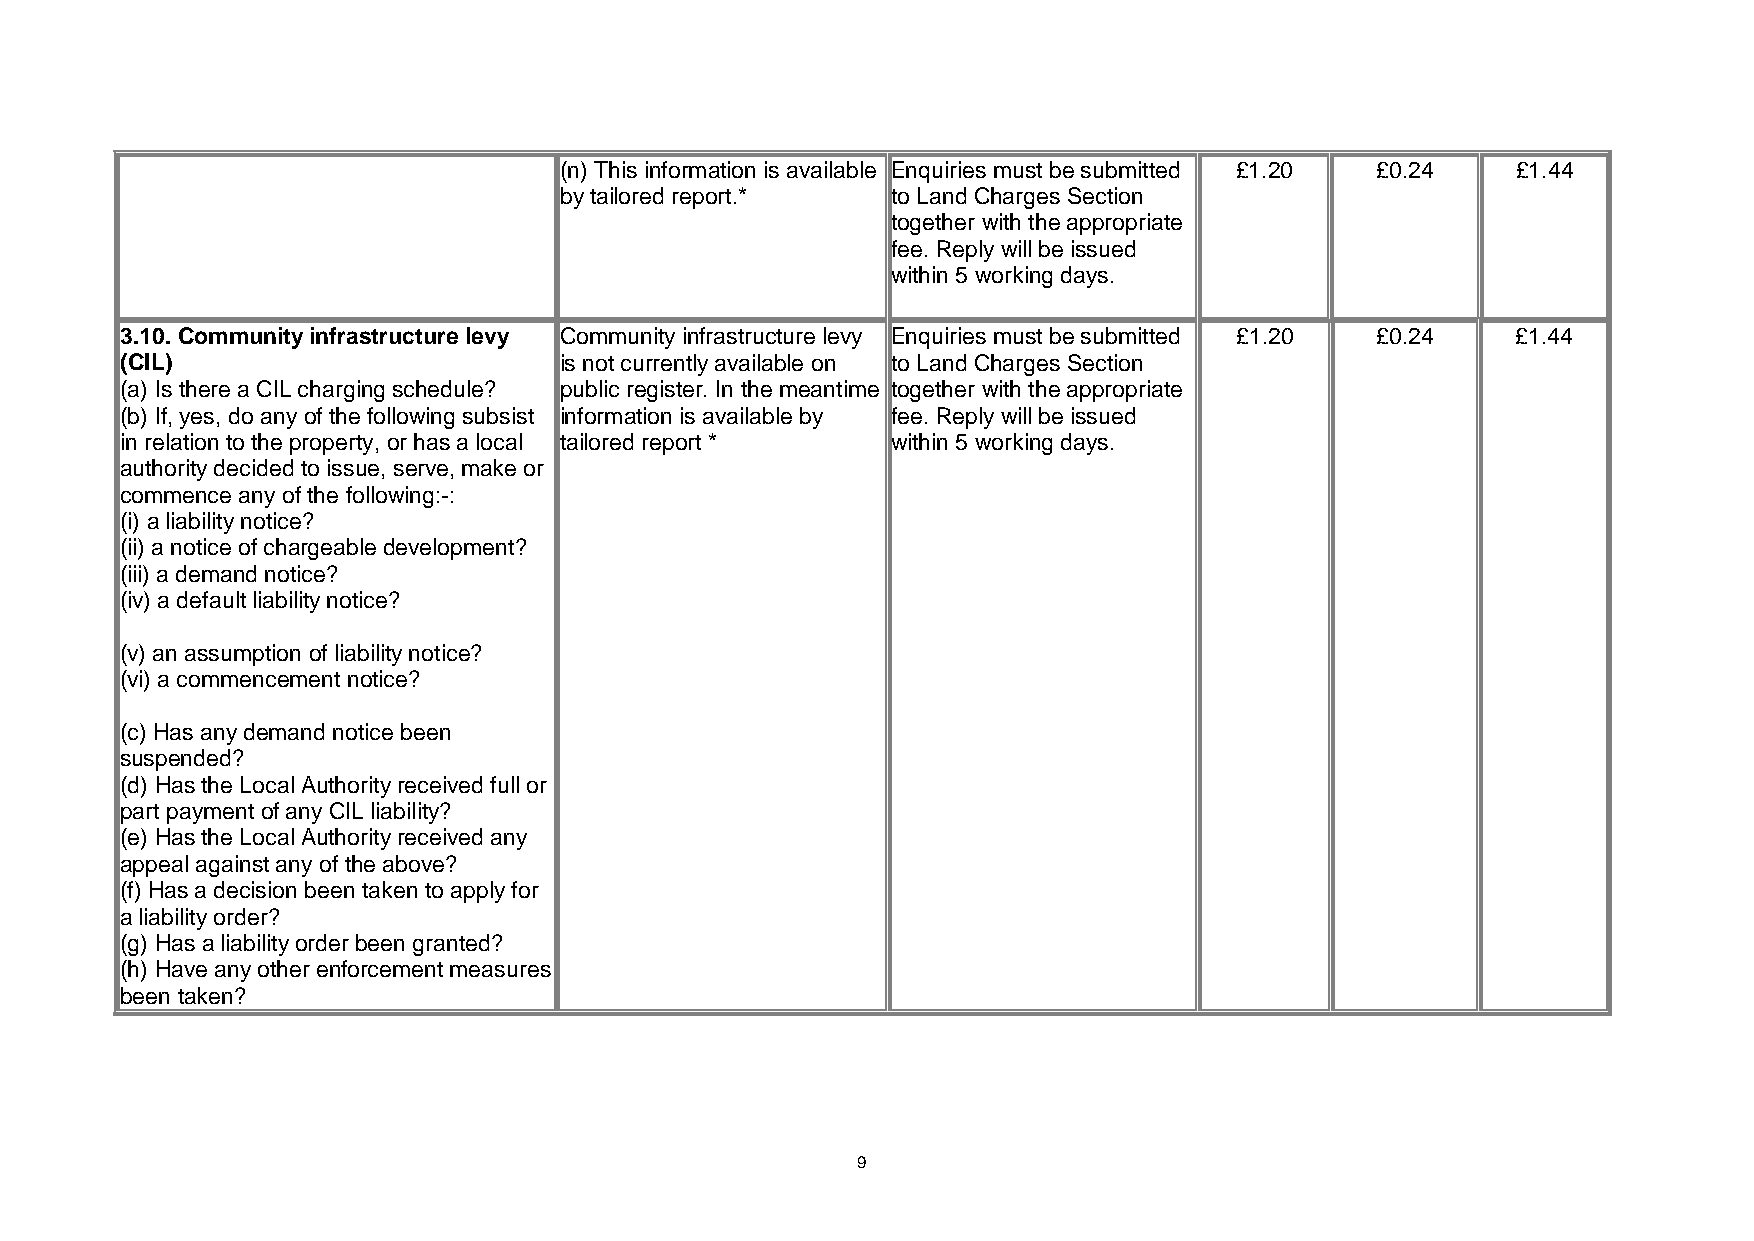
(n) This information is available Enquiries must be submitted £1.20 £0.24 £1.44
 by tailored report.*  to Land Charges Section
 together with the appropriate
 fee. Reply will be issued
 within 5 working days.
 3.10. Community infrastructure levy Community infrastructure levy Enquiries must be submitted £1.20 £0.24 £1.44
 (CIL)                        is not currently available on to Land Charges Section
 (a) Is there a CIL charging schedule? public register. In the meantime together with the appropriate
 (b) If, yes, do any of the following subsist information is available by fee. Reply will be issued
 in relation to the property, or has a local tailored report * within 5 working days.
 authority decided to issue, serve, make or
 commence any of the following:-:
 (i) a liability notice?
 (ii) a notice of chargeable development?
 (iii) a demand notice?
 (iv) a default liability notice?
 (v) an assumption of liability notice?
 (vi) a commencement notice?
 (c) Has any demand notice been
 suspended?
 (d) Has the Local Authority received full or
 part payment of any CIL liability?
 (e) Has the Local Authority received any
 appeal against any of the above?
 (f) Has a decision been taken to apply for
 a liability order?
 (g) Has a liability order been granted?
 (h) Have any other enforcement measures
 been taken?
 9